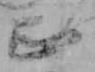
正